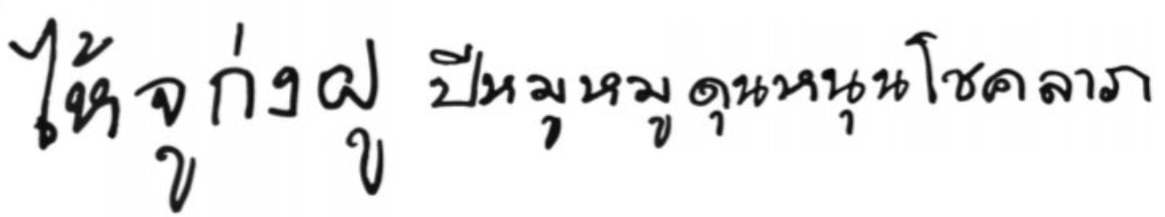
ไห้จูก่งฝู ปีหมูหมูดุนหนุนโชคลาภ